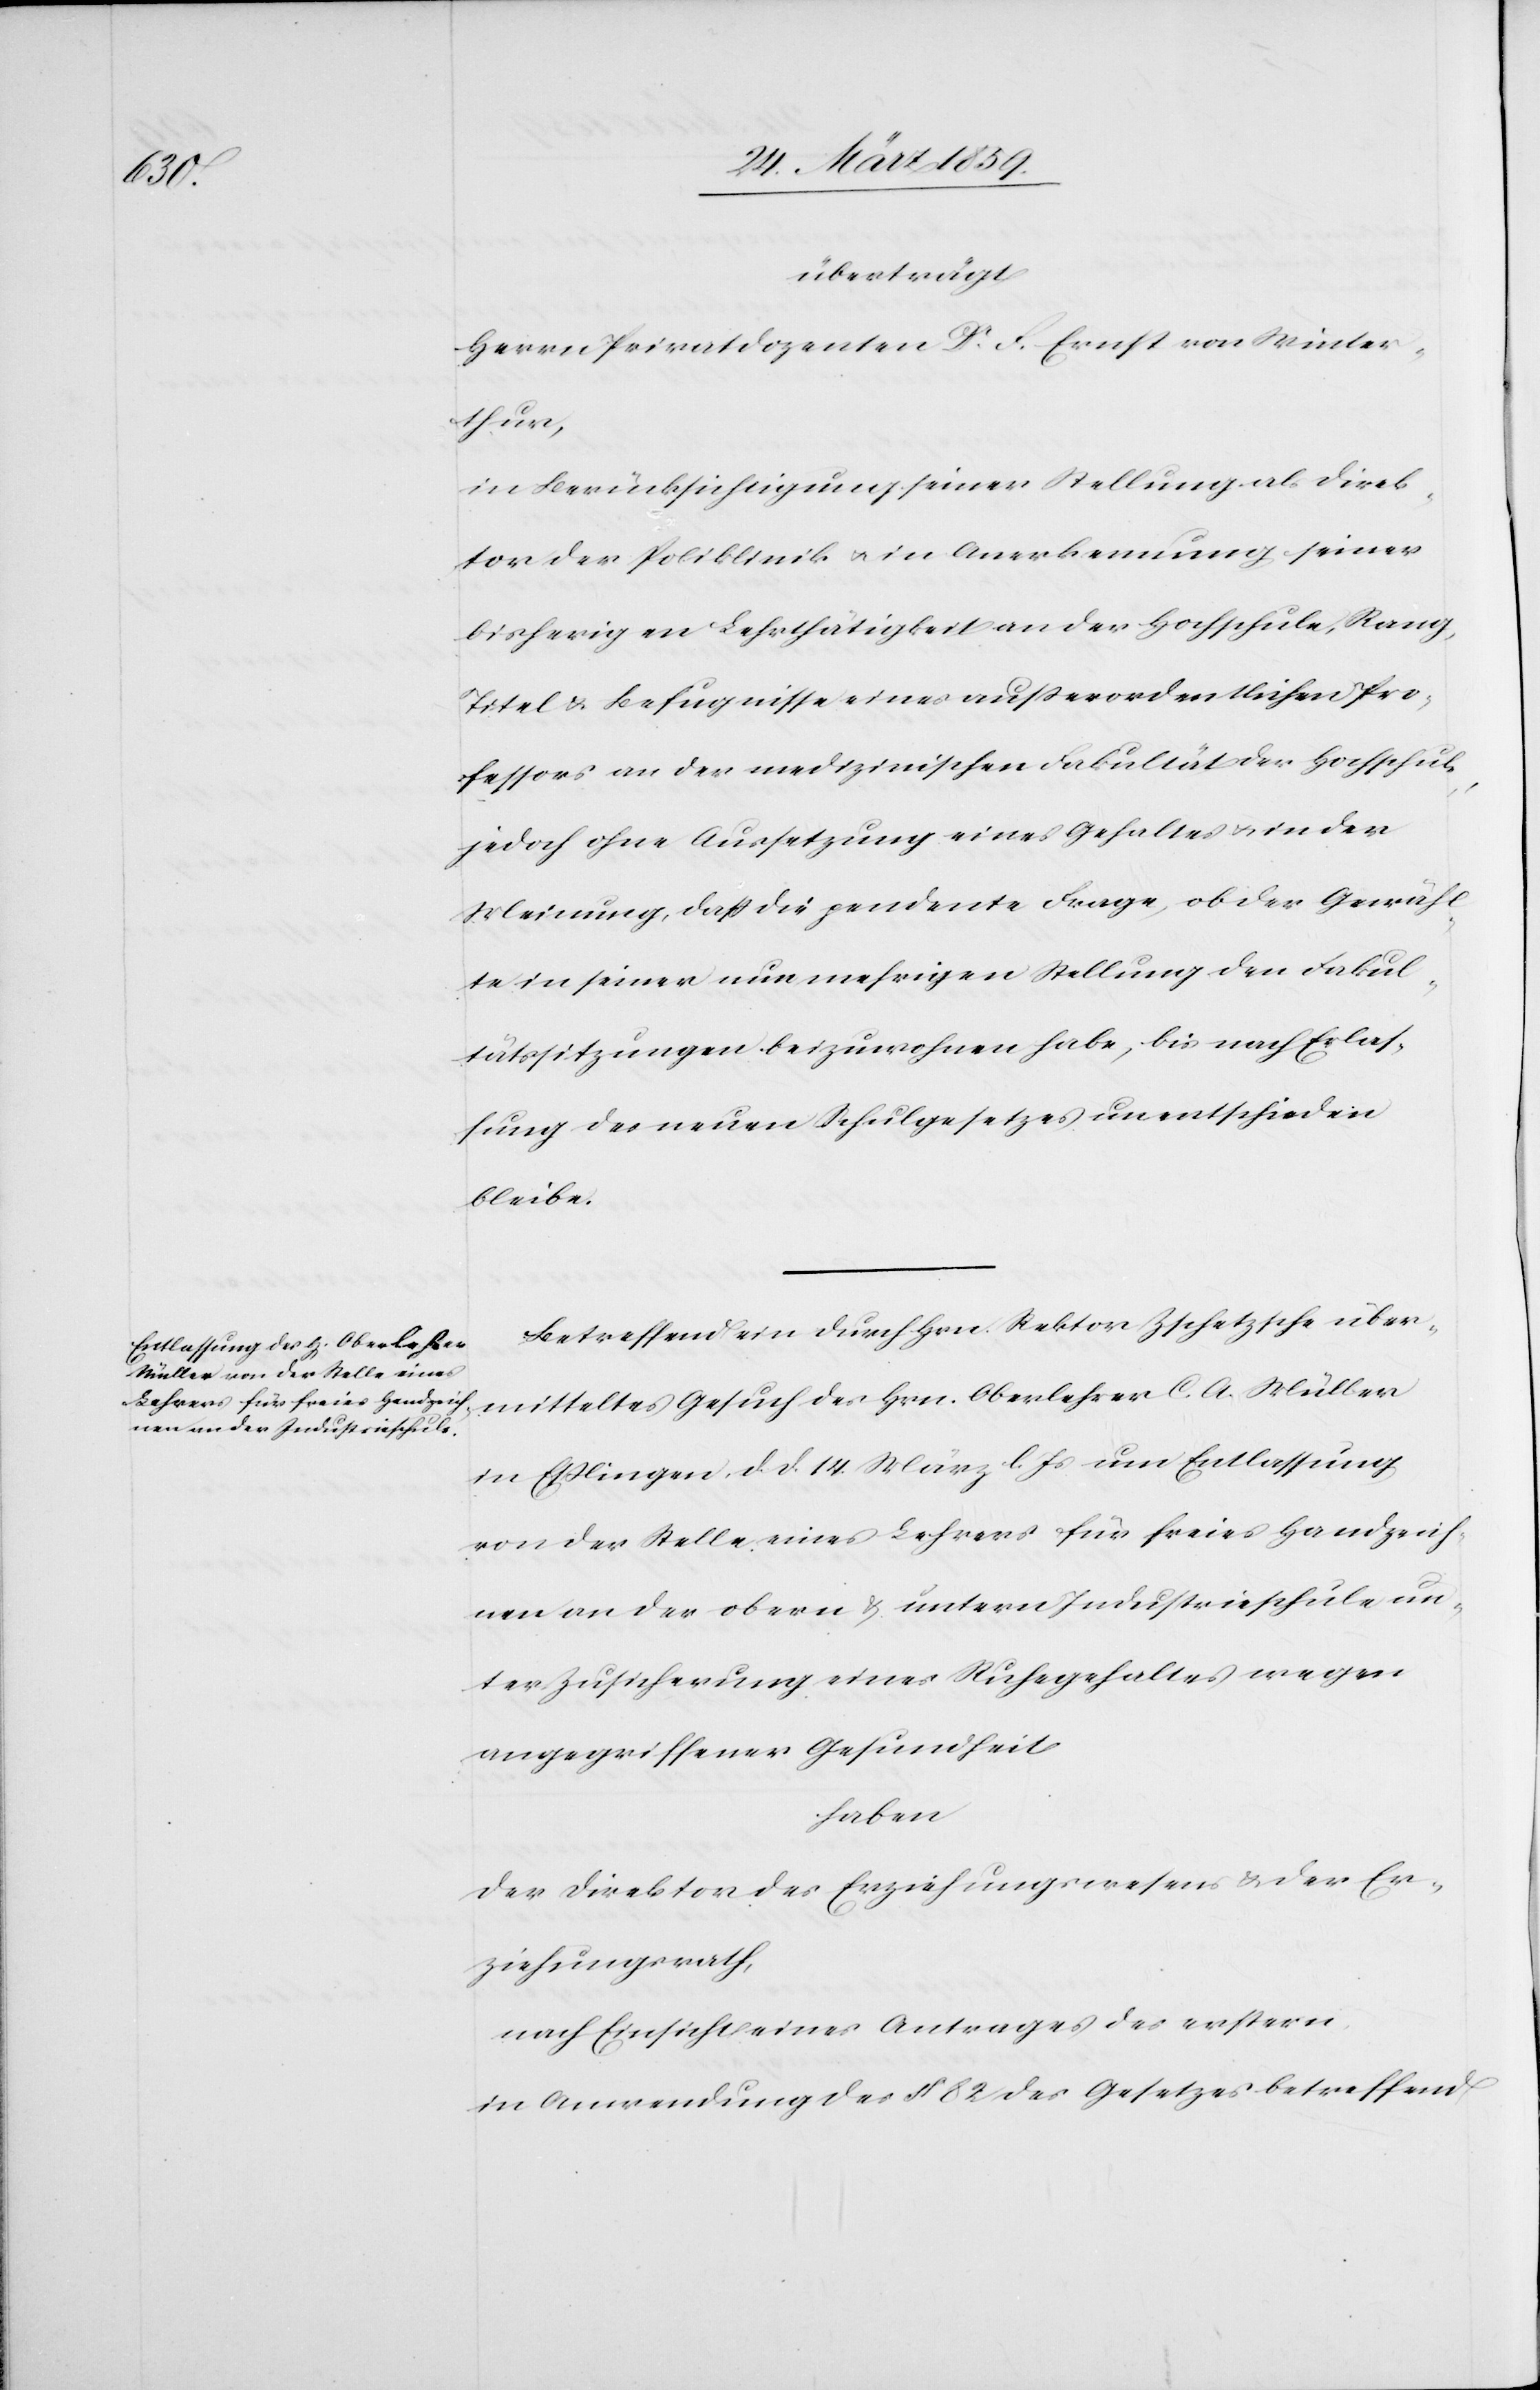
überträgt
Herrn Privatdozenten Dr. F. Ernst von Winter¬
thur,
in Berücksichtigung seiner Stellung als Direk¬
tor der Poliklinik u. in Anerkennung seiner
bisherigen Lehrthätigkeit an der Hochschule, Rang,
Titel & Befugnisse eines außerordentlichen Pro¬
fessors an der medizinischen Fakultät der Hochschule,
jedoch ohne Aussetzung eines Gehaltes u. in der
Meinung, daß die pendente Frage, ob der Gewähl¬
te in seiner nunmehrigen Stellung den Fakul¬
tätssitzungen beizuwohnen habe, bis nach Erlas¬
sung des neuen Schulgesetzes unentschieden
bleibe.
Betreffend ein durch Hrn. Rektor Zschetzsche über¬
mitteltes Gesuch des Hrn. Oberlehrer C. A. Müller
in Eßlingen, d. d. 14. März l. Js um Entlassung
von der Stelle eines Lehrers für freies Handzeich¬
nen an der obern & untern Industrieschule un¬
ter Zusicherung eines Ruhegehaltes wegen
angegriffener Gesundheit
haben
der Direktor des Erziehungswesens & der Er¬
ziehungsrath,
nach Einsicht eines Antrages des erstern,
in Anwendung des § 82 des Gesetzes betreffend